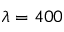
\lambda = 4 0 0